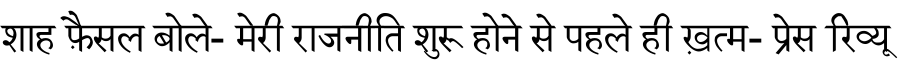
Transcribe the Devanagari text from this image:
शाह फ़ैसल बोले- मेरी राजनीति शुरू होने से पहले ही ख़त्म- प्रेस रिव्यू